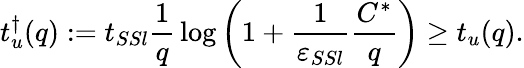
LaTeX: t_{u}^{\dagger}(q):=t_{SSl}\frac{1}{q}\, \log\left(1+\frac{1}{\varepsilon_{SSl}}\frac{C^{*}}{q}\right)\geq t_{u}(q).